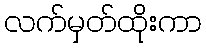
လက်မှတ်ထိုးကာ